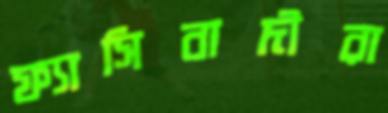
ফ্যাসিবাদীরা